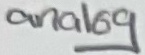
Text: analog